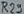
Text: R23